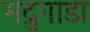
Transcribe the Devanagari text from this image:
मद्रुगाडा